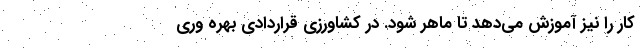
کار را نیز آموزش می‌دهد تا ماهر شود. در کشاورزی قراردادی بهره وری